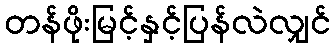
တန်ဖိုးမြင့်နှင့်ပြန်လဲလျှင်